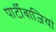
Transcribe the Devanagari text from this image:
पार्टीबाज़ियां